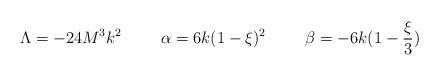
LaTeX: \begin{align*}\Lambda = -24 M^3 k^2\hspace{1.0cm}\alpha = 6k (1 - \xi)^2\hspace{1.0cm}\beta = -6k (1 - \frac{\xi}{3})\end{align*}